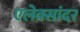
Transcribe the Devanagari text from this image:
एलेक्सांदर